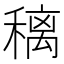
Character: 䅻